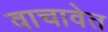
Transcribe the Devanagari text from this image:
वाचावेत